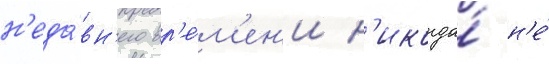
н'еда́вн'его вр'е́м'ен'и н'икогда́ н'е́